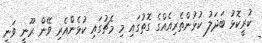
ކުރީކޮޅު ބަދަލު ކުޅުންތެރިއެއްގެ ގޮތުގައި މި މެޗުގައި ކުޅެންއެރި ވޭން ރޫނީ ވަނީ